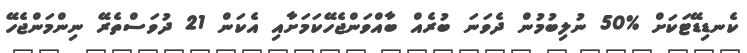
ކެނޑިޑޭޓަކަށް %50 ނުލިބުމުން ދެވަނަ ބުރެއް ބާއްވަންޖެހޭކަމަށާއި އެކަން 21 ދުވަސްތެރޭ ނިންމަންޖެހޭ